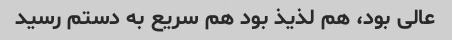
عالی بود، هم لذیذ بود هم سریع به دستم رسید